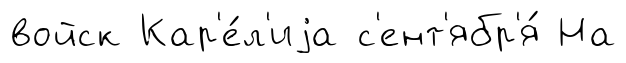
войск Кар'е́л'иjа с'ент'ябр'я́ На